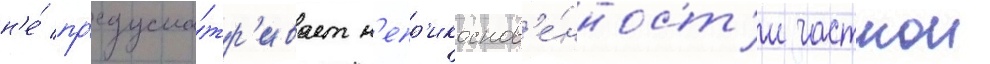
н'е́ пр'едусма́тр'ивает н'епр'икоснов'е́нност'и частнои